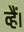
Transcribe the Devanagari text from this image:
व्हैं।